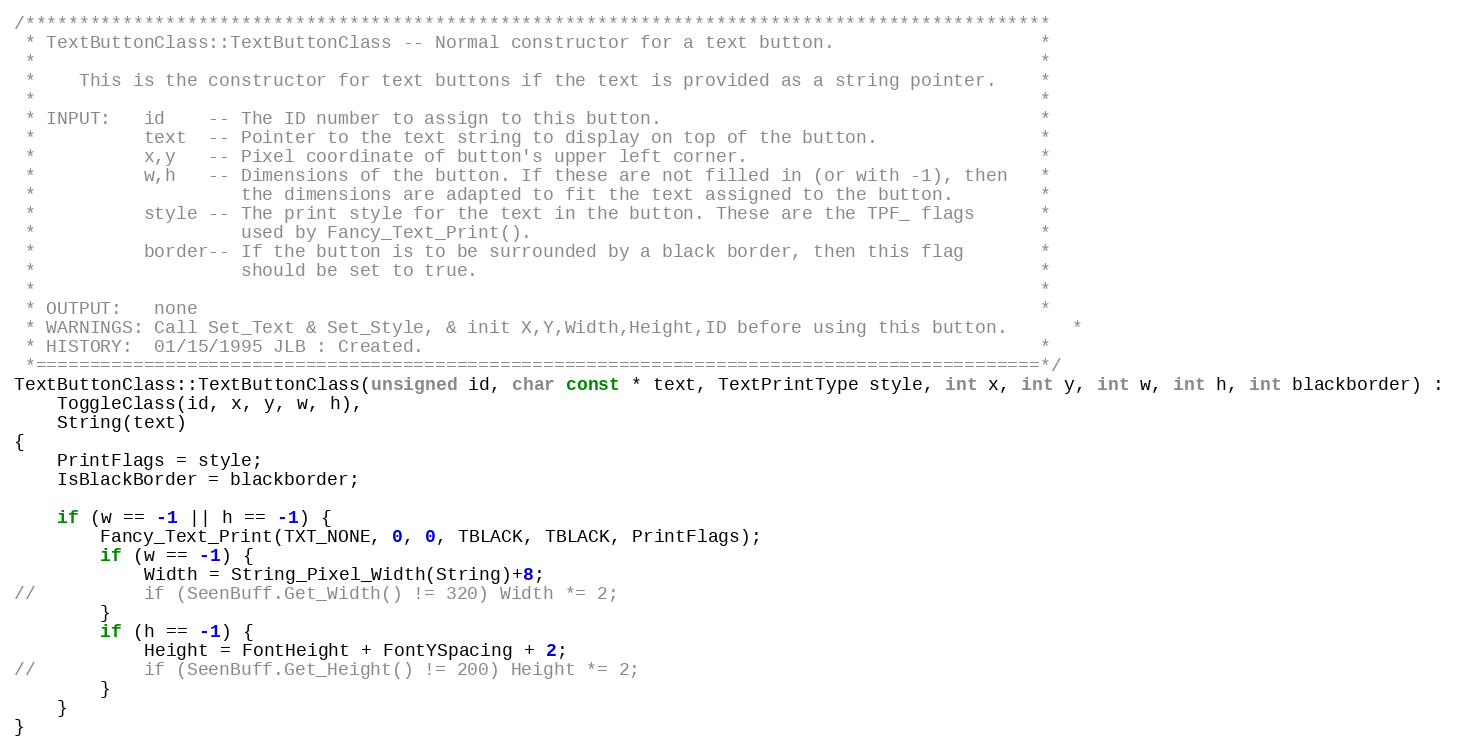
Language: C++
/***********************************************************************************************
 * TextButtonClass::TextButtonClass -- Normal constructor for a text button.                   *
 *                                                                                             *
 *    This is the constructor for text buttons if the text is provided as a string pointer.    *
 *                                                                                             *
 * INPUT:   id    -- The ID number to assign to this button.                                   *
 *          text  -- Pointer to the text string to display on top of the button.               *
 *          x,y   -- Pixel coordinate of button's upper left corner.                           *
 *          w,h   -- Dimensions of the button. If these are not filled in (or with -1), then   *
 *                   the dimensions are adapted to fit the text assigned to the button.        *
 *          style -- The print style for the text in the button. These are the TPF_ flags      *
 *                   used by Fancy_Text_Print().                                               *
 *          border-- If the button is to be surrounded by a black border, then this flag       *
 *                   should be set to true.                                                    *
 *                                                                                             *
 * OUTPUT:   none                                                                              *
 * WARNINGS: Call Set_Text & Set_Style, & init X,Y,Width,Height,ID before using this button.	  *
 * HISTORY:  01/15/1995 JLB : Created.                                                         *
 *=============================================================================================*/
TextButtonClass::TextButtonClass(unsigned id, char const * text, TextPrintType style, int x, int y, int w, int h, int blackborder) :
	ToggleClass(id, x, y, w, h),
	String(text)
{
	PrintFlags = style;
	IsBlackBorder = blackborder;

	if (w == -1 || h == -1) {
		Fancy_Text_Print(TXT_NONE, 0, 0, TBLACK, TBLACK, PrintFlags);
		if (w == -1) {
			Width = String_Pixel_Width(String)+8;
//			if (SeenBuff.Get_Width() != 320) Width *= 2;
		}
		if (h == -1) {
			Height = FontHeight + FontYSpacing + 2;
//			if (SeenBuff.Get_Height() != 200) Height *= 2;
		}
	}
}